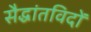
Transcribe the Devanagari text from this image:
सैद्धांतविदों